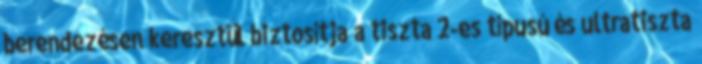
berendezésen keresztül biztosítja a tiszta 2-es típusú és ultratiszta